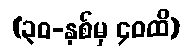
(၃၀-နှစ်မှ ၄၀ထိ)